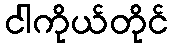
ငါကိုယ်တိုင်